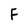
Character: F